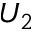
U _ { 2 }